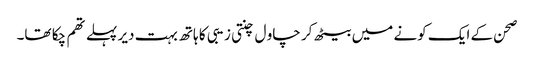
صحن کے ایک کونے میں بیٹھ کر چاو ل چنتی زیبی کا ہاتھ بہت دیر پہلے تھم چکا تھا۔